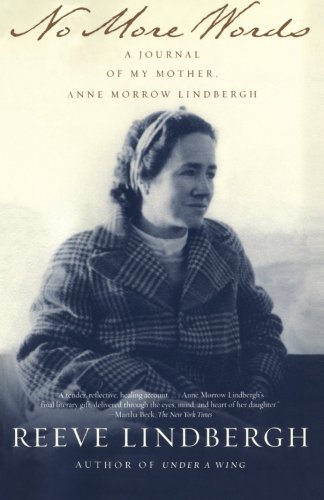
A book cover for No More Words: A Journal of My Mother, Anne Morrow Lindbergh; Reeve Lindbergh; Parenting & Relationships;